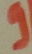
Text: 9